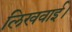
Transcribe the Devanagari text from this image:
लिखवाई।